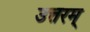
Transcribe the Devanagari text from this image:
उत्तरम्